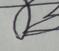
Signature authenticity: forged